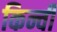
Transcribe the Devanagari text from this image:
किन्ची